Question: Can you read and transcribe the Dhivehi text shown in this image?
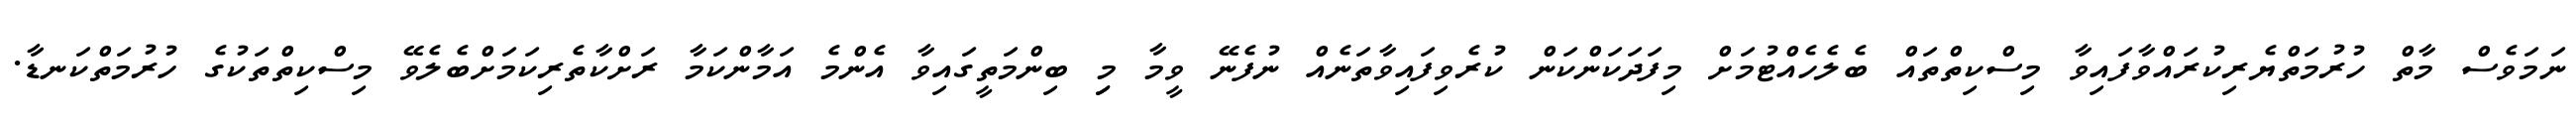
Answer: ނަމަވެސް މާތް ހުރުމަތްޔެރިކުރައްވާފައިވާ މިސްކިތްތައް ބެލެހެއްޓުމަށް މިފަދަކަންކަން ކުރެވިފައިވާތަނެއް ނުފެނޭ ވީމާ މިި ބިންމަތީގައިވާ އެންމެ އަމާންކަމާ ރަށްކާތެރިކަމަށްބެލެވޭ މިސްކިތްތަކުގެ ހުރުމަތްކަނޑާ.